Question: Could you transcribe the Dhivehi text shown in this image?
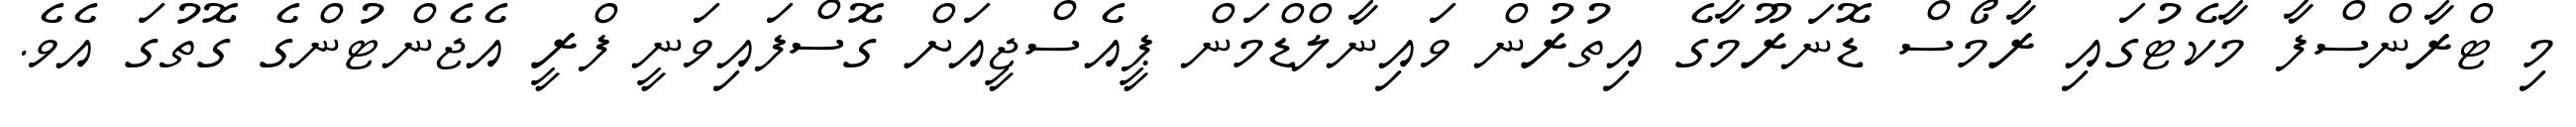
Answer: މި ޓްރާންސްފާ މާކެޓުގައި ރާމޯސް ޑޮނަރޫމާގެ އިތުރުން ވައިނާލްޑްމަން ޕީއެސްޖީއަށް ގޮސްފައިވަނީ ފްރީ އެޖެންޓުންގެ ގޮތުގަ އެވެ.